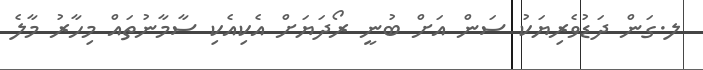
ލ.ގަން ދަޑުވެރިޔަކު ސަން އަށް ބުނީ ރޯދަޔަށް އެކިއެކި ސާމާނުތައް މިހާރު މާލެ